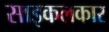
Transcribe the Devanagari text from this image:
साइकलकार